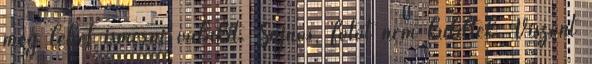
meg lehet ismerni valakit. Sajnos, fotót nem küldtek. Viszont